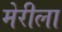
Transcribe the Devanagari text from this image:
मेरीला